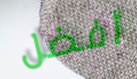
أفضل